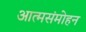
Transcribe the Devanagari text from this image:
आत्मसंमोहन